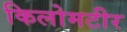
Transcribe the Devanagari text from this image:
किलोमटीर